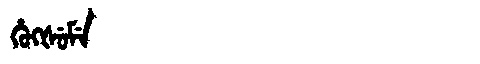
Manchu: ᡥᡠᡴᡧᡠᠮᡝ
Romanization: HUKŠUME